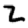
Digit: 2